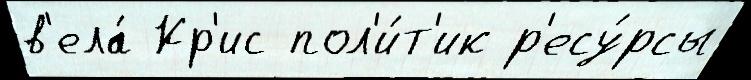
в'ела́ Кр'ис пол'и́т'ик р'есу́рсы